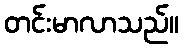
တင်းမာလာသည်။